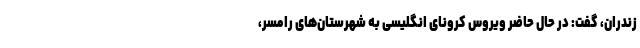
زندران، گفت: در حال حاضر ویروس کرونای انگلیسی به شهرستان‌های رامسر،